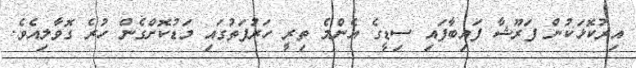
އިރުކޮޅަކުން ފަރޫޝާ ފައިބާފައި ސިޑީގެ އެންމެ ތިރީ ހަރުފަތުގައި މަޑުކޮށްގެން ހުރެ ގޮވާލިއެވެ.